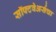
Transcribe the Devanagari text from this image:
सॉफ्टवेअर्सचा